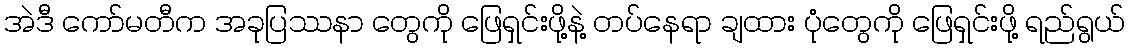
အဲဒီ ကော်မတီက အခုပြဿနာ တွေကို ဖြေရှင်းဖို့နဲ့ တပ်နေရာ ချထား ပုံတွေကို ဖြေရှင်းဖို့ ရည်ရွယ်